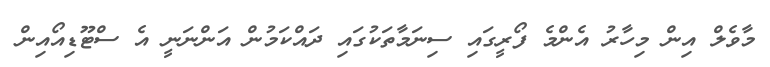
މާވެލް އިން މިހާރު އެންމެ ފޯރީގައި ސިނަމާތަކުގައި ދައްކަމުން އަންނަނީ އެ ސްޓޫޑިއޯއިން